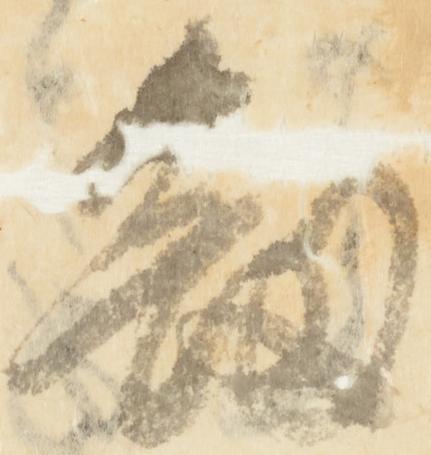
釼